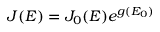
J ( E ) = J _ { 0 } ( E ) e ^ { g ( E _ { 0 } ) }